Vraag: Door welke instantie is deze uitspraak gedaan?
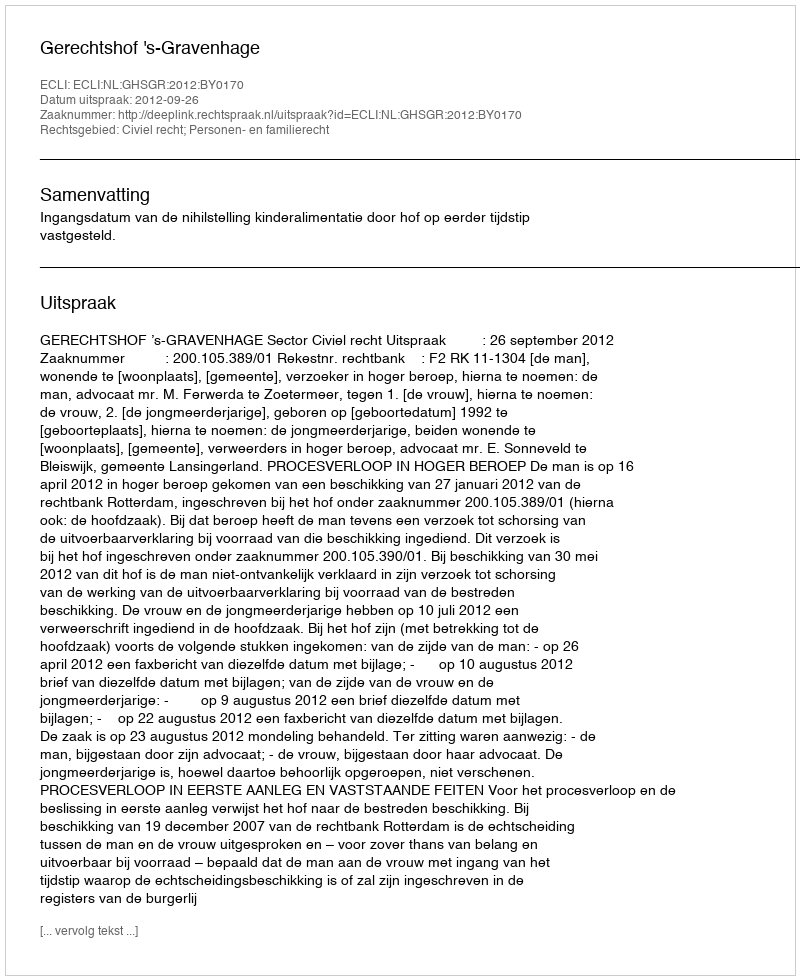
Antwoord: Gerechtshof 's-Gravenhage